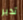
تدبر